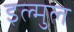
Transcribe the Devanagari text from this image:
इल्मुल